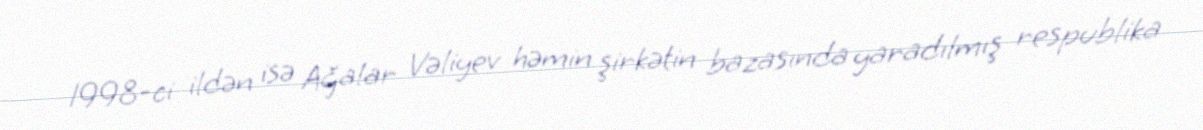
1998-ci ildən isə Ağalar Vəliyev həmin şirkətin bazasında yaradılmış respublika